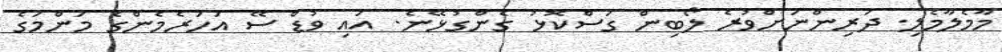
މާމެލާމެލި. ދަރިންނަށްވުރެ ލޯބިން ގަސްކޮޅު ގެންގުޅޭނެ. އައި ވުޑް ސޭ އަހަރެމެންގެ މަންމަގެ